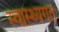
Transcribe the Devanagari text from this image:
स्वास्थ्यगत